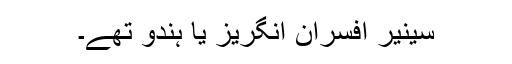
سینیر افسران انگریز یا ہندو تھے۔